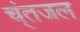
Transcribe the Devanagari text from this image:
च्ंतजल